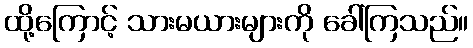
ထို့ကြောင့် သားမယားများကို ခေါ်ကြသည်။